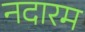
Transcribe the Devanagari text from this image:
नदारम